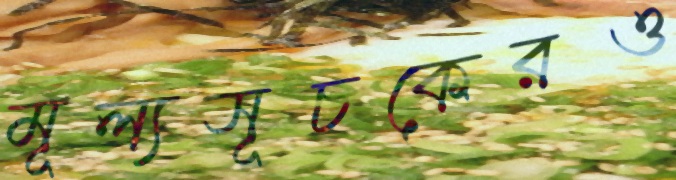
মূল্যসূচকেরও